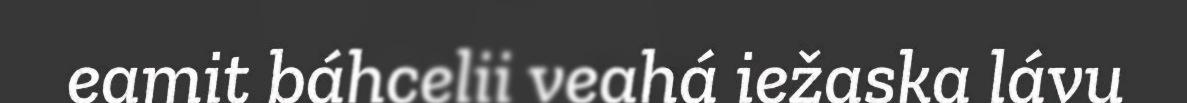
eamit báhcelii veahá iežaska lávu